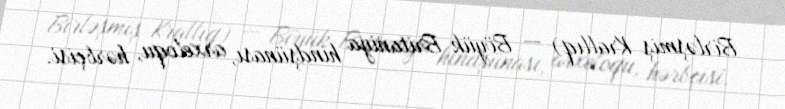
Birləşmiş Krallıq) — Böyük Britaniya hindşünası, arxeloqu, hərbçisi.